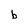
Character: b